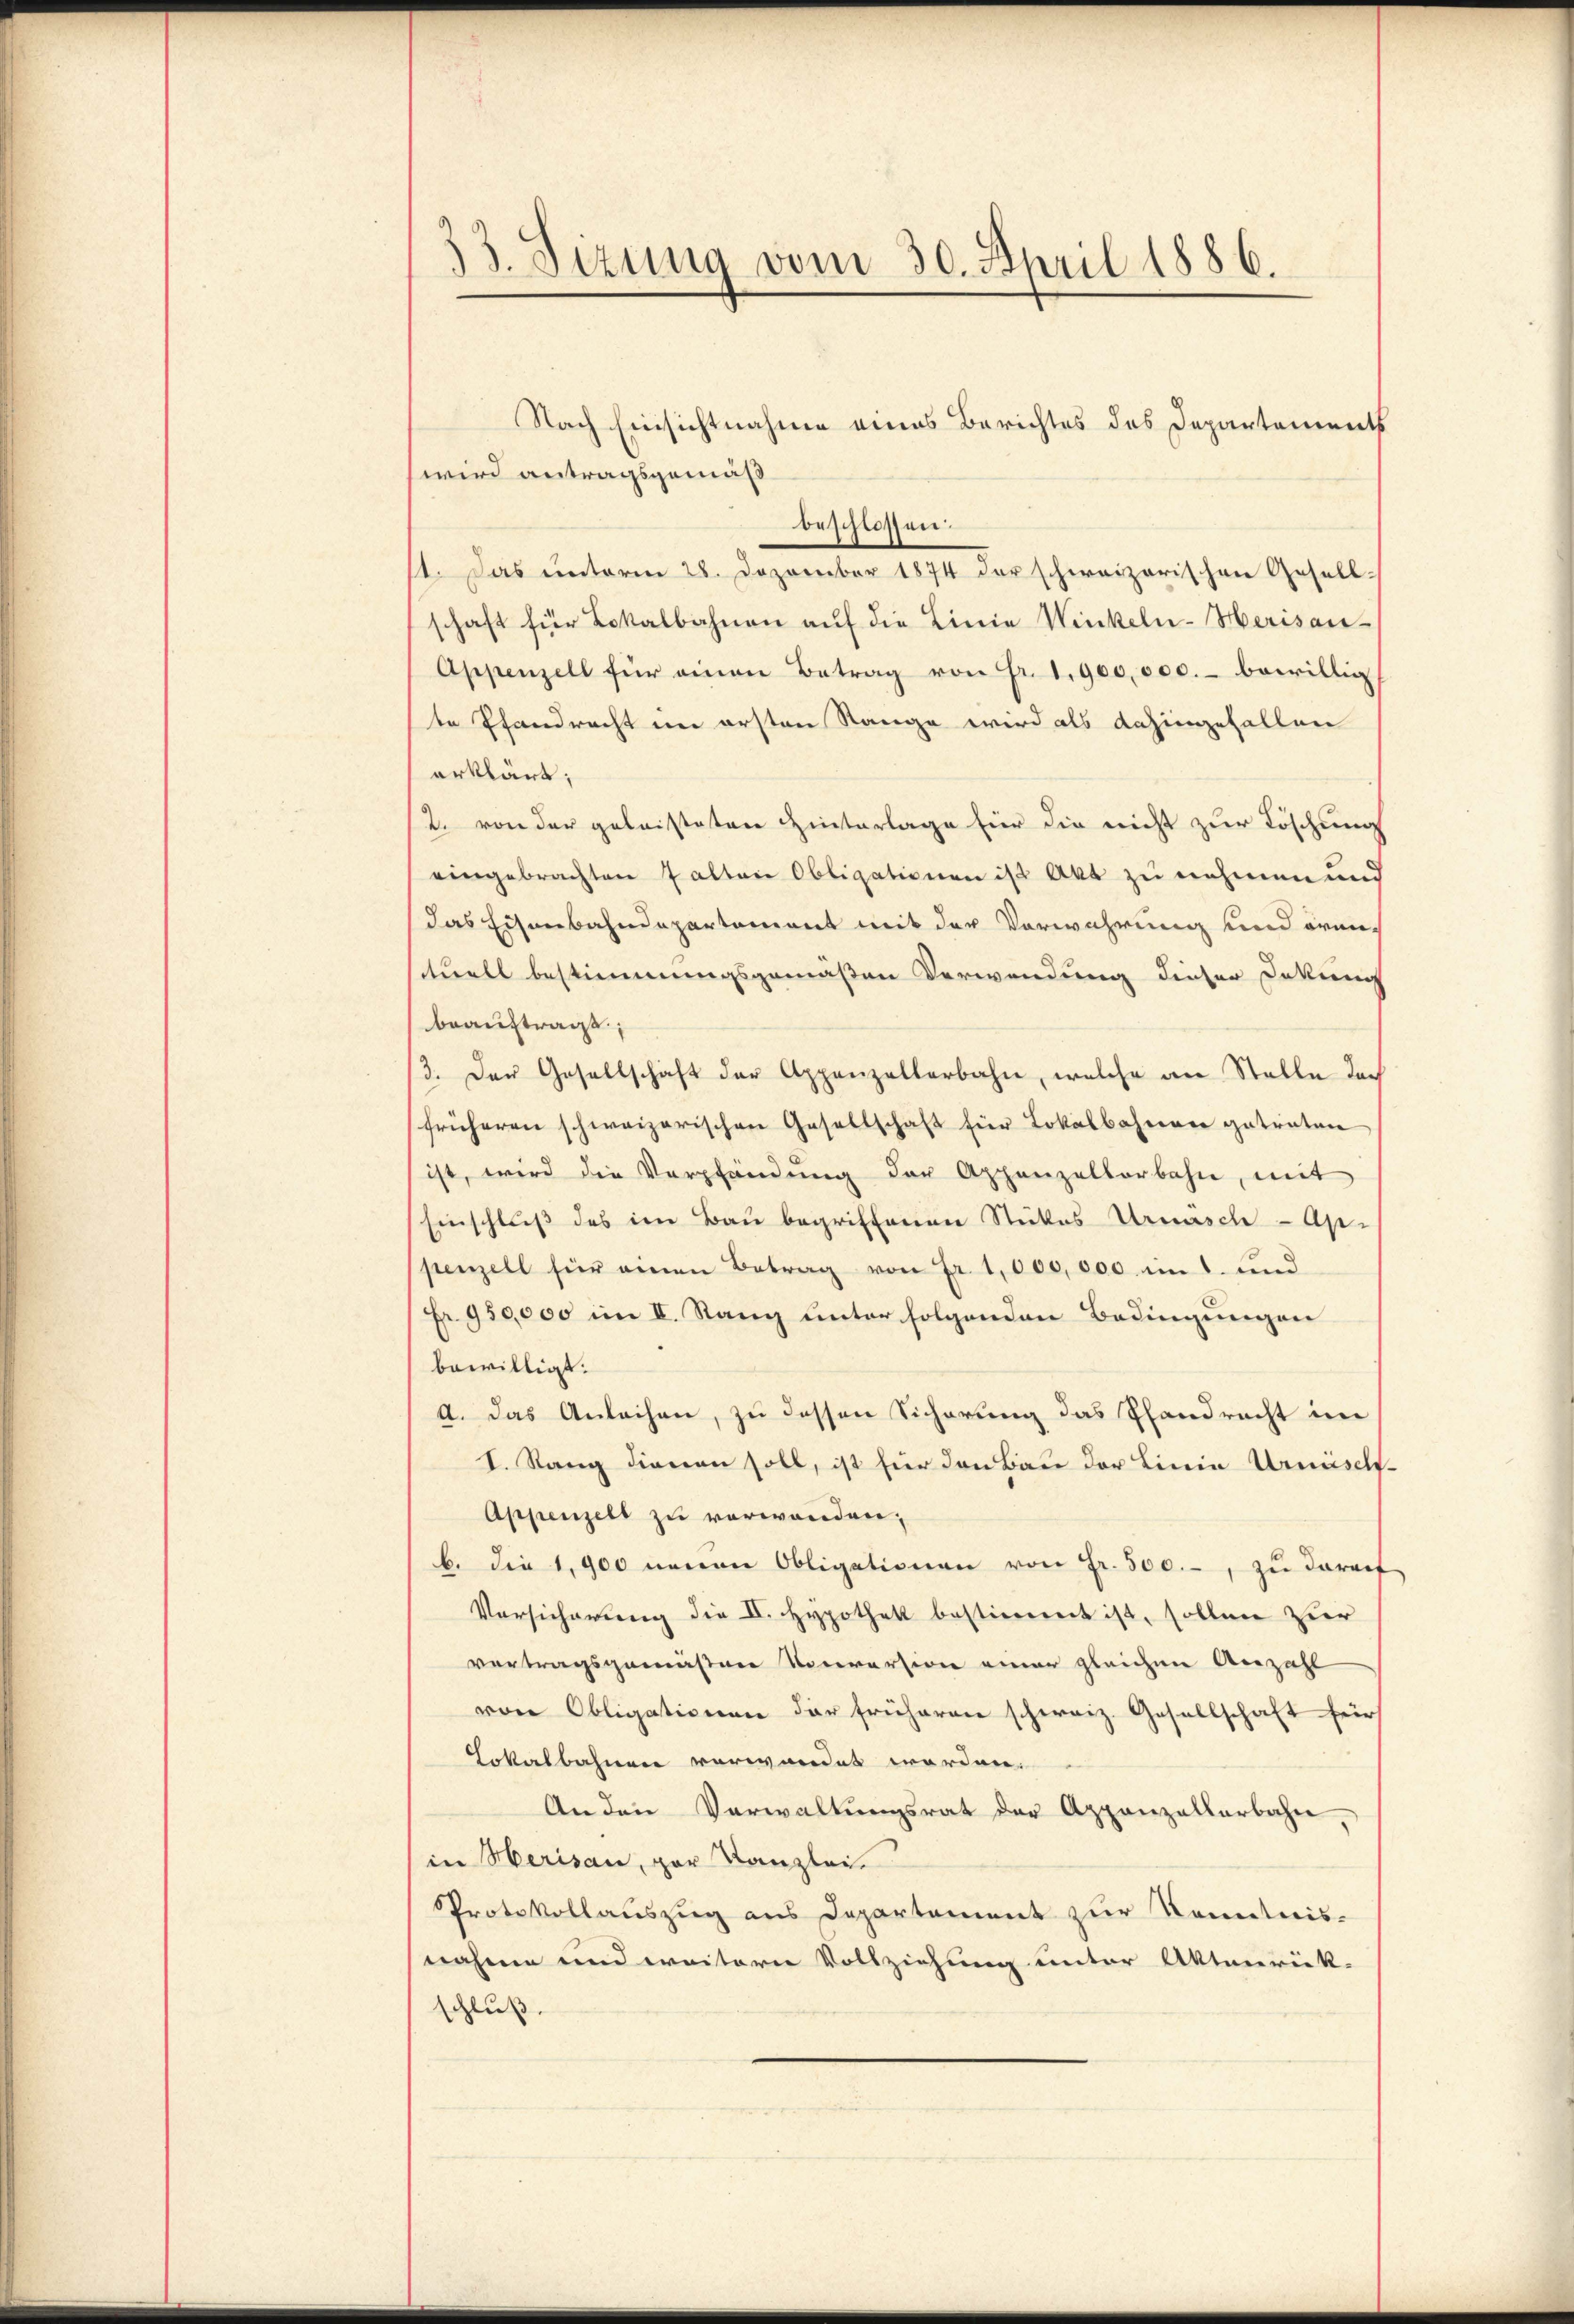
33. Sizung vom 30. April 1886.

Nach Einsichtnahme eines Berichtes des Departements
wird antragsgemäß
beschlossen.
11. Das unterm 28. Dezember 1874 der schweizerischen Gesell-
schaft für Lokalbahnen auf die Linie Winkeln-Herisau-
Appenzell für einen Betrag von Fr. 1900,000.- bewillig
te Pfandracht im ersten Stange wird als dahingefallen
erklärt;
2. von der geleisteten Hinterlage für die nicht zur Löschung
eingebrachten Falten Obligationen ist Akt zu nehmen und
das Eisenbahndepartement mit der Verwahrung und örentuell bestimmungsgemäßen Verwendung dieser Dokung
beauftragt;
3. Der Gesellschaft der Appenzellerbahn, welche an Stelle dach
früheren schweizerischen Gesellschaft für Lokalbahnen getreten
ist, wird die Verpfändung der Appenzelterbahn, mit
Einschluß des im Bau begriffenen Stückes Urnasch-Appenzell für einen Betrag von Fr. 1,000,000 mit und
Fr. 950,000 im II. Rang unter folgenden Bedingungen
bewilligt.
a. Das Anleihen, zu dessen Sicherung das Pfandrecht im
I. Rang dienen soll, ist für den Bau der Linie Urmisch-
Appenzell zu verwanden,
b. Die 1900 neuen Obligationen von Fr. 500.-, zu darauf
Versicherung die II. Hypothek bestimmt ist, sollen zur
vertragsgemäßen Vorversion einer gleichen Anzahl
von Obligationen der früheren schweiz. Gesellschaft für
Lokalbahnen verwandet worden.
An den Verwaltŭngsrat der Appenzellarbahn,
in Merisau, par Kanzlei
Protokollauszug aus Departement zur Kenntnis-
nahme und weitern Vollziehung unter Aktenrück-
schluß.